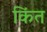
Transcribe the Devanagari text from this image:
किंत